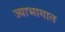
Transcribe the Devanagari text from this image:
ज्याभागात